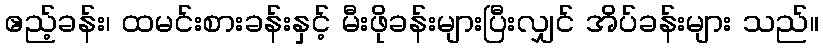
ဧည့်ခန်း၊ ထမင်းစားခန်းနှင့် မီးဖိုခန်းများပြီးလျှင် အိပ်ခန်းများ သည်။